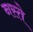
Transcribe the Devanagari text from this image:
नस्ते